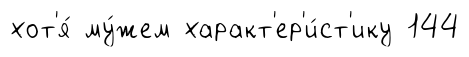
хот'я́ му́жем характ'ер'и́ст'ику 144